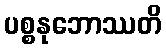
ပစ္စနုဘောဿတိ